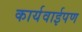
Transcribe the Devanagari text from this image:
कार्यवाईपण